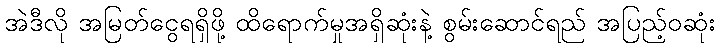
အဲဒီလို အမြတ်ငွေရရှိဖို့ ထိရောက်မှုအရှိဆုံးနဲ့ စွမ်းဆောင်ရည် အပြည့်ဝဆုံး